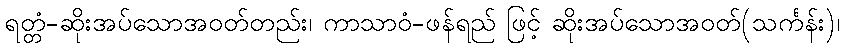
ရတ္တံ-ဆိုးအပ်သောအဝတ်တည်း၊ ကာသာဝံ-ဖန်ရည် ဖြင့် ဆိုးအပ်သောအဝတ်(သင်္ကန်း)၊